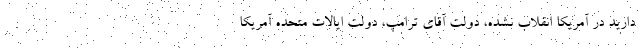
دارید در آمریکا انقلاب نشده، دولت آقای ترامپ، دولت ایالات متحده آمریکا